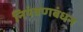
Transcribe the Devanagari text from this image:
नियंत्रणबंधन